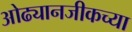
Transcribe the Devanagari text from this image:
ओढ्यानजीकच्या